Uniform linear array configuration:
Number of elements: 32
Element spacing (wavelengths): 0.25
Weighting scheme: cosine
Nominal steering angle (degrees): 0
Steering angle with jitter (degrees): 0.3823
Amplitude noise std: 0.05
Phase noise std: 0.05

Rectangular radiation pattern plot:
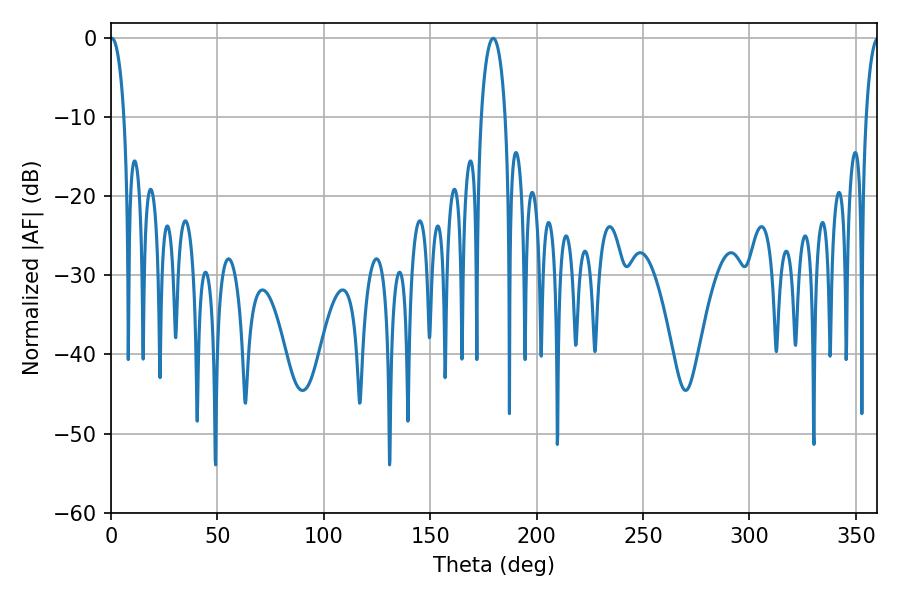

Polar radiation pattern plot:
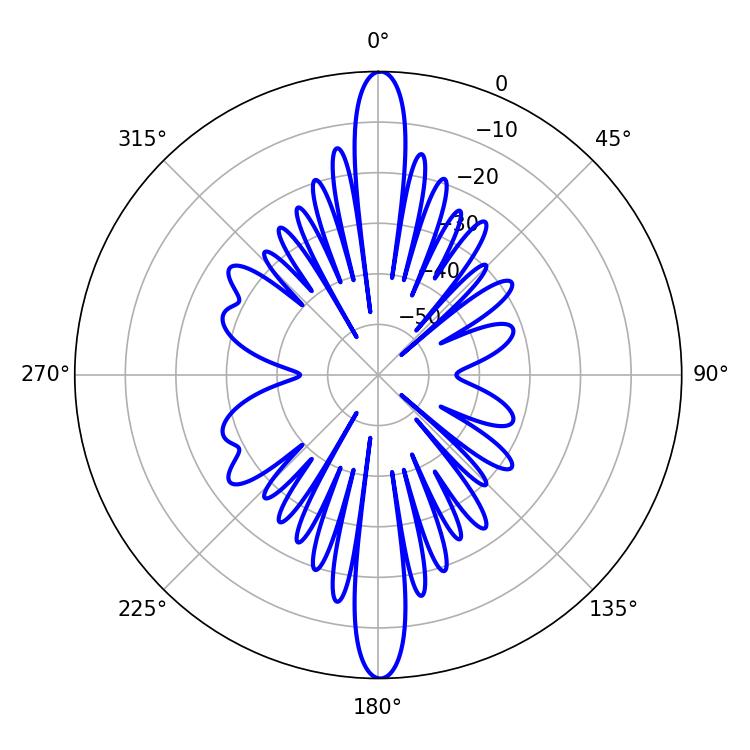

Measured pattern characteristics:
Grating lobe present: FALSE
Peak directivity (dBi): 36.179
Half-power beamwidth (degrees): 3.6
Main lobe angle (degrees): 0.36